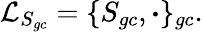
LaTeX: \mathcal{L}_{S_{gc}}=\{ S_{gc},\boldsymbol{\cdot}\} _{gc}.